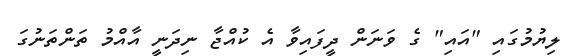
ލިޔުމުގައި "އައި" ގެ ވަނަން ދީފައިވާ އެ ކުއްޖާ ނިދަނީ އާއްމު ތަންތަނުގަ